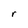
Character: r